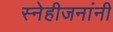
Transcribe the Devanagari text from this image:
स्नेहीजनांनी